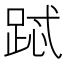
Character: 𲃧